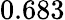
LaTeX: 0.683